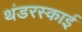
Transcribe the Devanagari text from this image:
थंडरस्काई